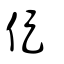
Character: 促